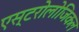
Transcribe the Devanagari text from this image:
एस्टरोलोजिकल